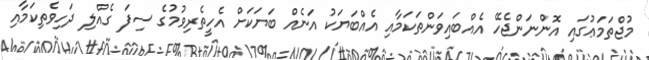
މުޖްތަމަޢުގައި އޮންނަންޖެހޭ އެއްބައިވަންތަކަމާއި އެއްބަޔަކު އަނެއް ބަޔަކަށް އެހީތެރިވުމުގެ ސިފަ ގެއްލި ދަހިވެތިކަމާއި